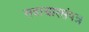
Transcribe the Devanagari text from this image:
सदाचारसंपन्न